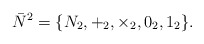
\begin{align*} \bar{N}^{2}=\{N_{2},+_{2},\times_{2},0_{2},1_{2}\}.\end{align*}